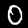
Label: 0